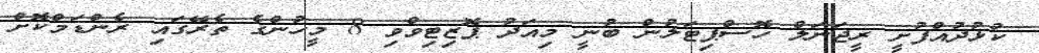
ކުޅުދުއްފުށީ ރީޖަނަލް ހޮސްޕިޓަލުން ބުނީ މިއަދު ޕޮޒިޓިވްވި 8 މީހުންގެ ތެރޭގައި ރެންޑަމްކޮށް